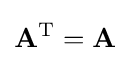
\mathbf {A} ^{\text{T}}=\mathbf {A}